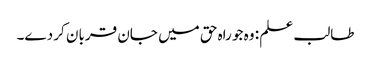
طالب علم : وہ جو راہ حق میں جان قربان کر دے۔